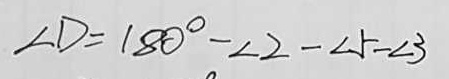
\angle D = 1 8 0 ^ { \circ } - \angle 2 - \angle 5 - \angle 3